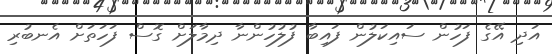
އަދި އޭގެ ފަހުން ސައިކަލުން ފައިބާ ފުލުހުންނާ ދިމާލަށް ގޮސް ފަހަތަށް އެނބުރި